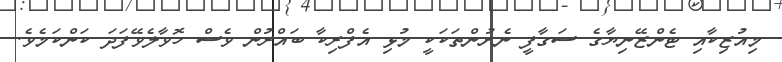
މިއުޒިކާއި ޓެންޒޭނިޔާގެ ސަގާފީ ނެށުންތަކަކީ މުޅި އެފްރިކާ ބައްރުން ވެސް ހޮވާލެވޭފަދަ ކަންކަމެވެ.